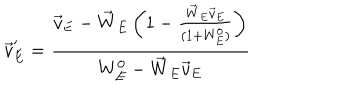
\vec { v } _ { E } ^ { \prime } = \frac { \vec { v } _ { E } - \vec { W } _ { E } \left( 1 - \frac { \vec { W } _ { E } \vec { v } _ { E } } { ( 1 + W _ { E } ^ { 0 } ) } \right) } { W _ { E } ^ { 0 } - \vec { W } _ { E } \vec { v } _ { E } }